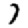
Digit: 7